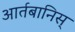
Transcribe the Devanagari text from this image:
आर्तबानिस्